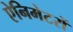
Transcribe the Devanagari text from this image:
ऐनिमेटरों